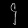
Digit: ၄